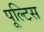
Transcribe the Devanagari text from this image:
पूल्टिस